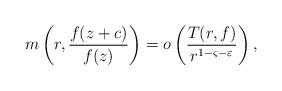
LaTeX: \begin{align*} m\left(r,\frac{f(z+c)}{f(z)}\right) = o\left(\frac{T(r,f)}{r^{1-\varsigma-\varepsilon}}\right), \end{align*}